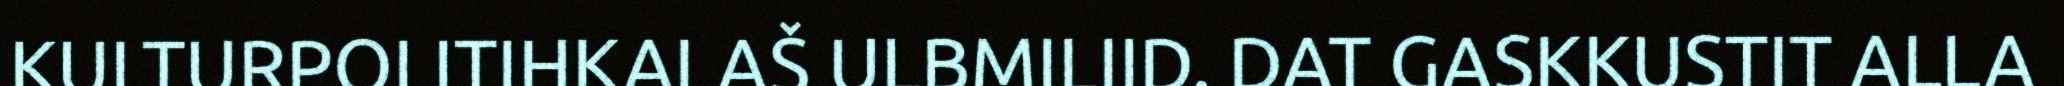
KULTURPOLITIHKALAŠ ULBMILIID. DAT GASKKUSTIT ALLA